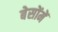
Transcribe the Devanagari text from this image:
बेसोंमें